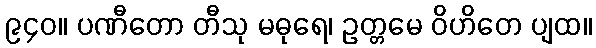
၉၄၀။ ပဏီတော တီသု မဓုရေ၊ ဥတ္တမေ ဝိဟိတေ ပျထ။